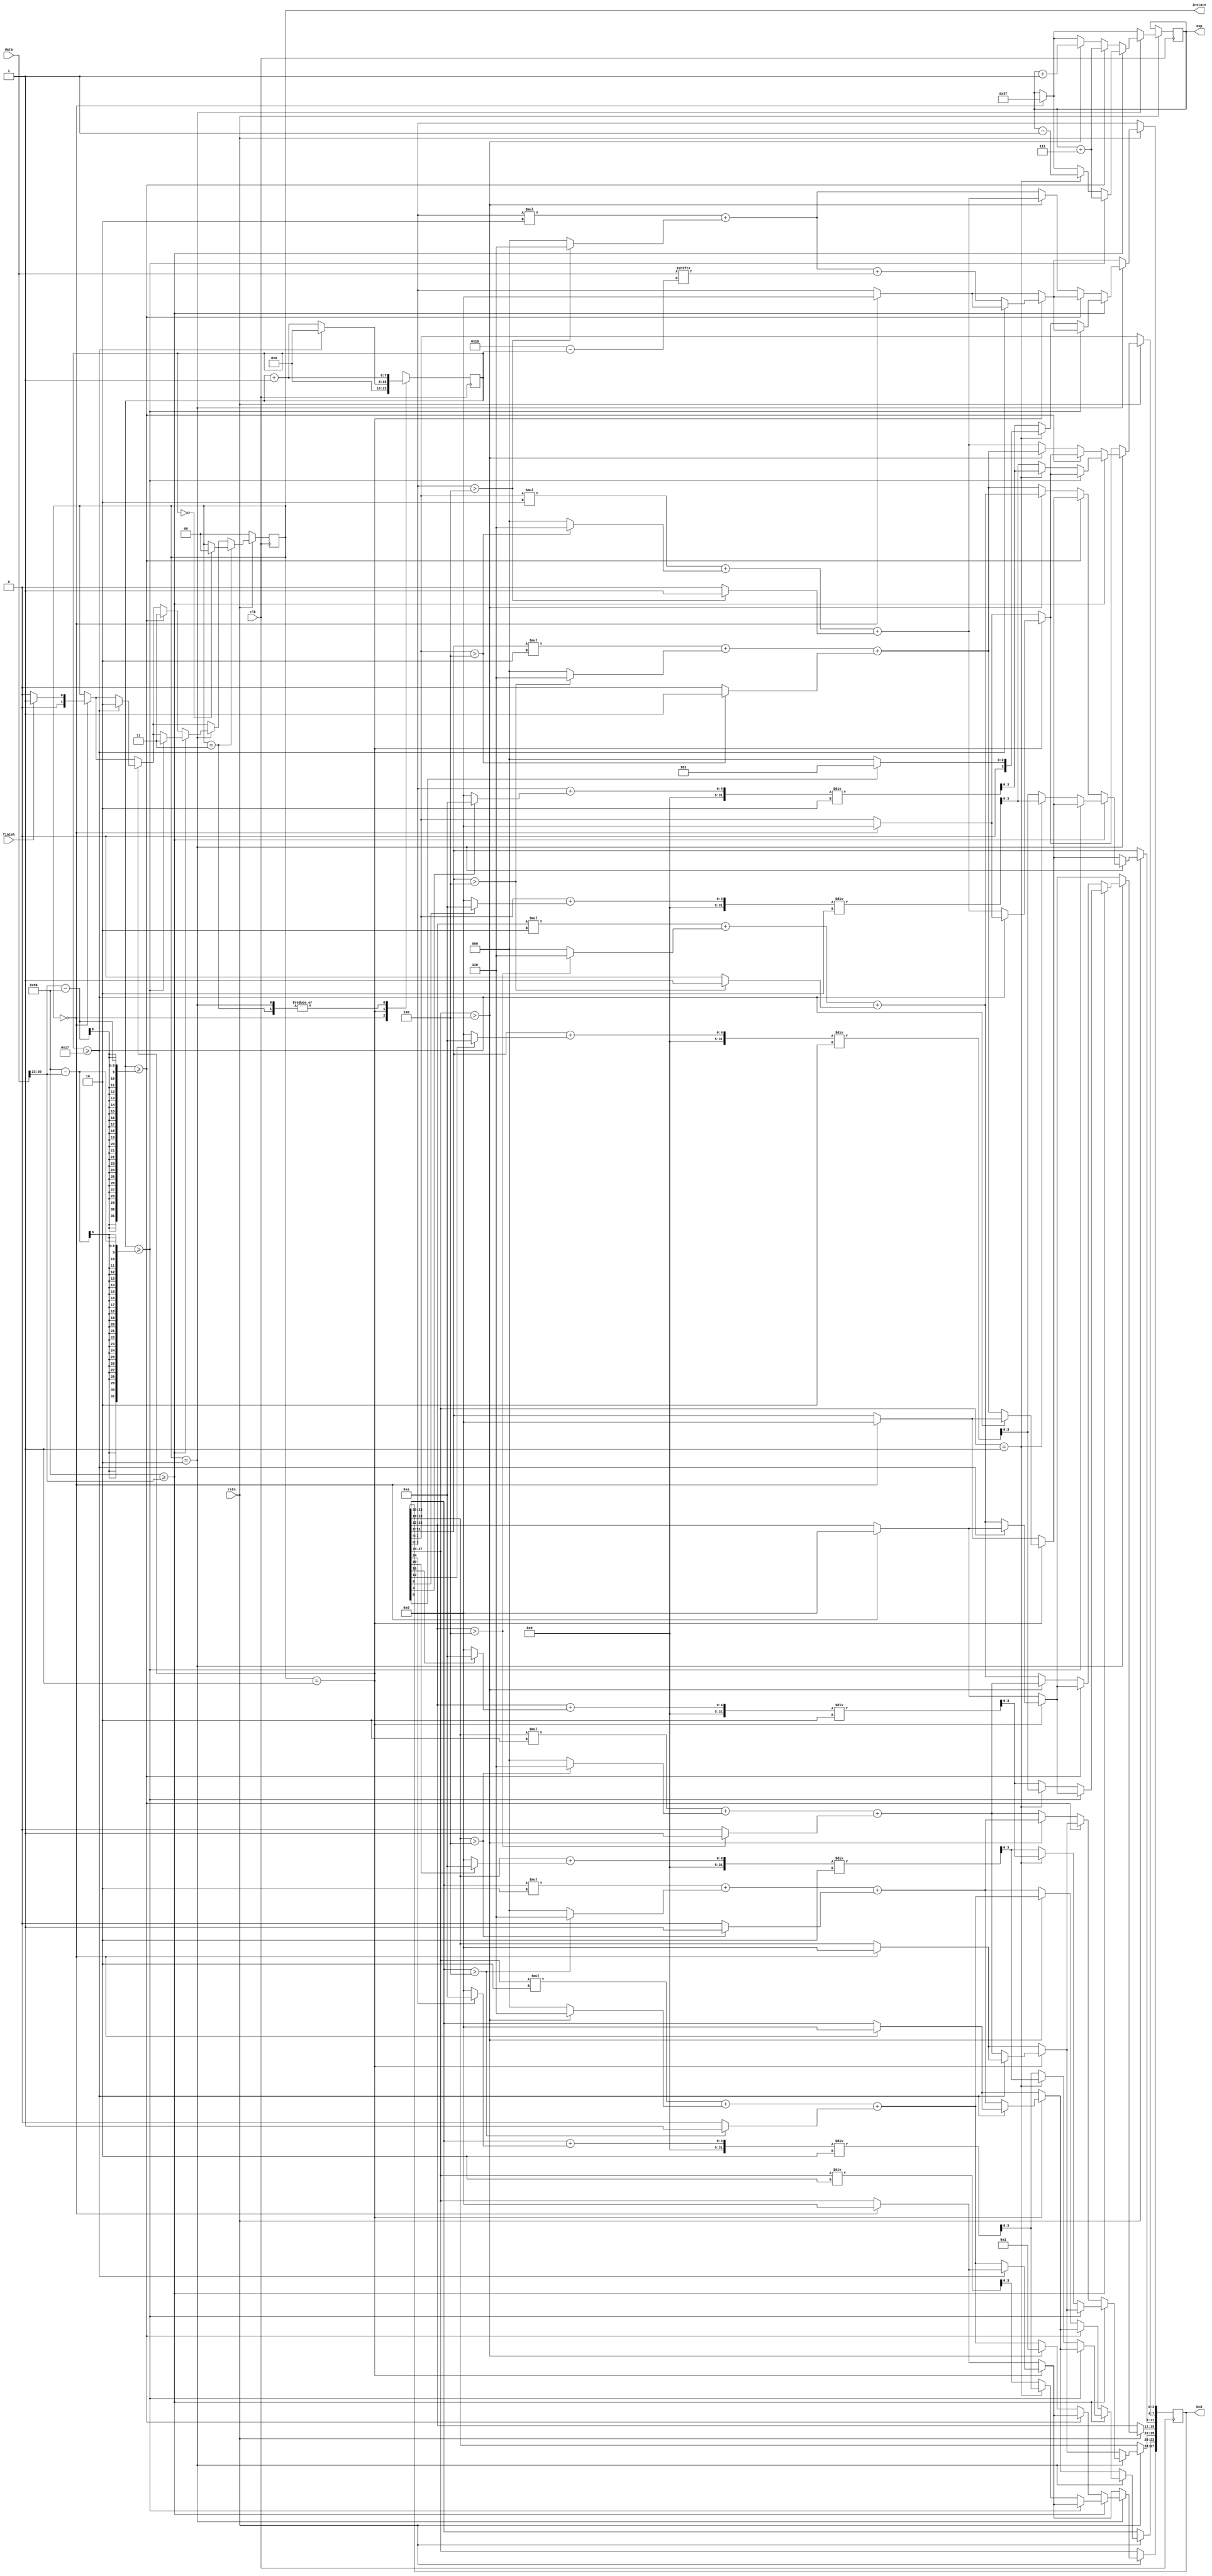
`timescale 1ns / 1ps
//////////////////////////////////////////////////////////////////////////////////
// Company: 
// Engineer: 
// 
// Design Name: 
// Module Name:    SB_N2BCONV 
// Project Name: 
// Target Devices: 
// Tool versions: 
// Description: 
//
// Dependencies: 
//
// Revision: 
// Revision 0.01 - File Created
// Additional Comments: 
//
//////////////////////////////////////////////////////////////////////////////////
module SB_N2BCONV(clk, rstn, finish, data, instate, bcd, exp);
	input clk, rstn;
	input finish;
	input [31:0] data;
	output reg [1:0] instate; //  state: 0:, 1:  , 2:  , 3:
	output reg [27:0] bcd;	// 4bit * 7
	output reg [6:0] exp;	// , 10^(39~-38),  63
	reg [7:0] cnt;	//process counter
	
	always @(posedge clk) begin
		if(!rstn) instate<=0;
		else begin
			if(instate==0) begin
				bcd <= 0;
				exp <= 7'd63;	//
				instate <= (finish)?(2'b01):(2'b00);
			end
			if(instate==2'b01) begin
				if(cnt >= 5'd23) instate <= 2'b10;
				else begin
					bcd[27:24] <= bcd[27:24]*2+((bcd[27:24]>4'd4)?4'b0110:0)+((bcd[23:20]>4'd4)?4'b0001:0);
					bcd[23:20] <= bcd[23:20]*2+((bcd[23:20]>4'd4)?4'b0110:0)+((bcd[19:16]>4'd4)?4'b0001:0);
					bcd[19:16] <= bcd[19:16]*2+((bcd[19:16]>4'd4)?4'b0110:0)+((bcd[15:12]>4'd4)?4'b0001:0);
					bcd[15:12] <= bcd[15:12]*2+((bcd[15:12]>4'd4)?4'b0110:0)+((bcd[11:8] >4'd4)?4'b0001:0);
					bcd[11:8]  <= bcd[11:8] *2+((bcd[11:8] >4'd4)?4'b0110:0)+((bcd[7:4]  >4'd4)?4'b0001:0);
					bcd[7:4]   <= bcd[7:4]  *2+((bcd[7:4]  >4'd4)?4'b0110:0)+((bcd[3:0]  >4'd4)?4'b0001:0);
					bcd[3:0]   <= bcd[3:0]  *2+((bcd[3:0]  >4'd4)?4'b0110:0)+data[22-cnt];
				end
			end
			if(instate==2'b10) begin
				if(150>=data[30:23]) begin
					if(cnt >= 150-data[30:23]) begin // 
						instate <= 2'b11;
						exp <= exp+7;
					end
					else begin //23-(-127)  
						if(bcd[27:24]==4'b0001) begin	// 
							bcd[27:24] <= ({1'b0,bcd[23:20]}+((bcd[24]==1'b1)?5'b01010:0))/2;
							bcd[23:20] <= ({1'b0,bcd[19:16]}+((bcd[20]==1'b1)?5'b01010:0))/2;
							bcd[19:16] <= ({1'b0,bcd[15:12]}+((bcd[16]==1'b1)?5'b01010:0))/2;
							bcd[15:12] <= ({1'b0,bcd[11:8] }+((bcd[12]==1'b1)?5'b01010:0))/2;
							bcd[11:8]  <= ({1'b0,bcd[7:4]  }+((bcd[8] ==1'b1)?5'b01010:0))/2;
							bcd[7:4]   <= ({1'b0,bcd[3:0]  }+((bcd[4] ==1'b1)?5'b01010:0))/2;	
							bcd[3:0]   <= (bcd[0]==1'b1)?5'b00101:0;
							exp <= exp-1;
						end
						else begin
							bcd[27:24] <= bcd[27:24]/2;
							bcd[23:20] <= ({1'b0,bcd[23:20]}+((bcd[24]==1'b1)?5'b01010:0))/2;
							bcd[19:16] <= ({1'b0,bcd[19:16]}+((bcd[20]==1'b1)?5'b01010:0))/2;
							bcd[15:12] <= ({1'b0,bcd[15:12]}+((bcd[16]==1'b1)?5'b01010:0))/2;
							bcd[11:8]  <= ({1'b0,bcd[11:8] }+((bcd[12]==1'b1)?5'b01010:0))/2;
							bcd[7:4]   <= ({1'b0,bcd[7:4]  }+((bcd[8] ==1'b1)?5'b01010:0))/2;
							bcd[3:0]   <= ({1'b0,bcd[3:0]  }+((bcd[4] ==1'b1)?5'b01010:0))/2;
						end
					end
				end
				else begin			
					if(cnt >= data[30:23]-150) begin // 
						instate <= 2'b11;
						exp <= exp+7;
					end
					else begin
						if(bcd[27:24]>4'd4) begin // 
							bcd[27:24] <= 4'b0001;
							bcd[23:20] <= bcd[27:24]*2+((bcd[27:24]>4'd4)?4'b0110:0)+((bcd[23:20]>4'd4)?4'b0001:0);
							bcd[19:16] <= bcd[23:20]*2+((bcd[23:20]>4'd4)?4'b0110:0)+((bcd[19:16]>4'd4)?4'b0001:0);
							bcd[15:12] <= bcd[19:16]*2+((bcd[19:16]>4'd4)?4'b0110:0)+((bcd[15:12]>4'd4)?4'b0001:0);
							bcd[11:8]  <= bcd[15:12]*2+((bcd[15:12]>4'd4)?4'b0110:0)+((bcd[11:8] >4'd4)?4'b0001:0);
							bcd[7:4]   <= bcd[11:8] *2+((bcd[11:8] >4'd4)?4'b0110:0)+((bcd[7:4]  >4'd4)?4'b0001:0);
							bcd[3:0]   <= bcd[7:4]  *2+((bcd[7:4]  >4'd4)?4'b0110:0)+((bcd[3:0]  >4'd4)?4'b0001:0);
							exp <= exp+1;
						end
						else begin
							bcd[27:24] <= bcd[27:24]*2+((bcd[27:24]>4'd4)?4'b0110:0)+((bcd[23:20]>4'd4)?4'b0001:0);
							bcd[23:20] <= bcd[23:20]*2+((bcd[23:20]>4'd4)?4'b0110:0)+((bcd[19:16]>4'd4)?4'b0001:0);
							bcd[19:16] <= bcd[19:16]*2+((bcd[19:16]>4'd4)?4'b0110:0)+((bcd[15:12]>4'd4)?4'b0001:0);
							bcd[15:12] <= bcd[15:12]*2+((bcd[15:12]>4'd4)?4'b0110:0)+((bcd[11:8] >4'd4)?4'b0001:0);
							bcd[11:8]  <= bcd[11:8] *2+((bcd[11:8] >4'd4)?4'b0110:0)+((bcd[7:4]  >4'd4)?4'b0001:0);
							bcd[7:4]   <= bcd[7:4]  *2+((bcd[7:4]  >4'd4)?4'b0110:0)+((bcd[3:0]  >4'd4)?4'b0001:0);
							bcd[3:0]   <= bcd[3:0]  *2+((bcd[3:0]  >4'd4)?4'b0110:0);
						end
					end
				end
			end
			if(instate==2'b11) begin
				instate <= (cnt==0)?2'b00:instate;
			end
		end
	end

	always @(posedge clk) begin
		case(instate)
		2'b00: cnt <= 0;
		2'b01: cnt <= (cnt>=5'd23)?0:cnt+1;
		2'b10: cnt <= cnt+1;
		2'b11: cnt <= cnt+1;
		endcase
	end
endmodule